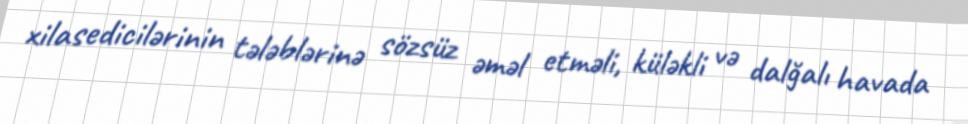
xilasedicilərinin tələblərinə sözsüz əməl etməli, küləkli və dalğalı havada